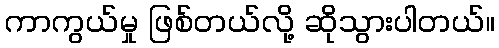
ကာကွယ်မှု ဖြစ်တယ်လို့ ဆိုသွားပါတယ်။